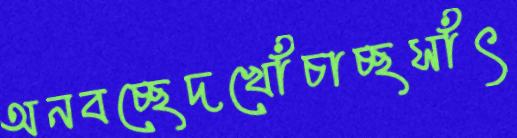
অনবচ্ছেদখোঁচাচ্ছসাঁৎ